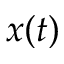
x ( t )